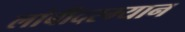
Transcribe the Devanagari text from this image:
लांबीदरम्यान